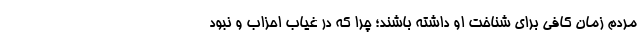
مردم زمان کافی برای شناخت او داشته باشند؛ چرا که در غیاب احزاب و نبود